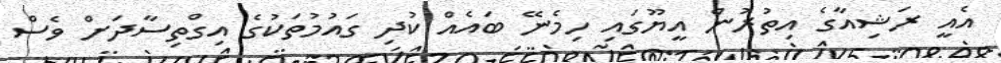
އެއީ ރަޝިއާގެ އިތުރުން އީޔޫގައި ހިމެނޭ ބައެއް ކުދި ގައުމުތަކުގެ އިގްތިސާދަށް ވެސް